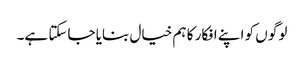
لوگو ں کو اپنے افکار کا ہم خیال بنایا جاسکتا ہے۔